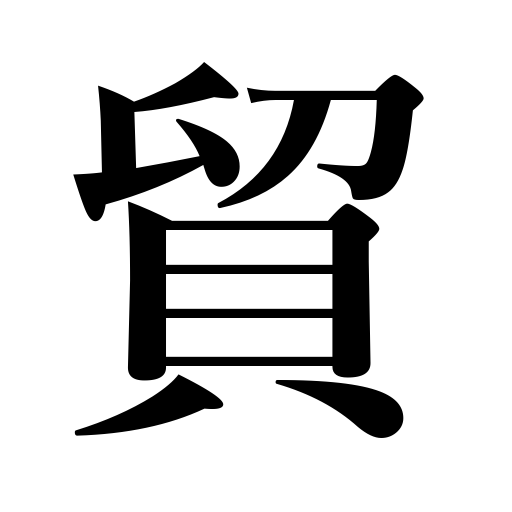
Meanings: exchange